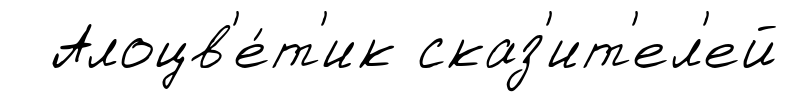
Алоцв'е́т'ик сказ'ит'ел'ей